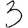
Digit: 3